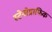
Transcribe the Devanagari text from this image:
स्टेनोग्राफिक